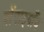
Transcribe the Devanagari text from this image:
बोंगाइगाँव